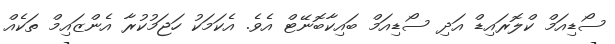
ސޯޑިއަމް ކްލޮރައިޑް އަދި ސޯޑިއަމް ބައިކާބޮނޭޓް އެވެ. އެކަމަކު ހަޖަމުކުރާ އެންޒައިމް ތަކެއް